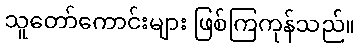
သူတော်ကောင်းများ ဖြစ်ကြကုန်သည်။